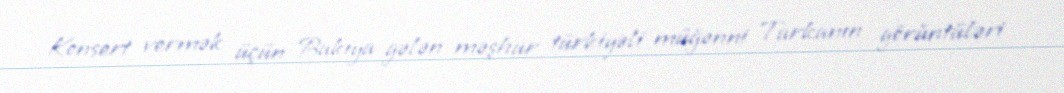
Konsert vermək üçün Bakıya gələn məşhur türkiyəli müğənni Tarkanın görüntüləri